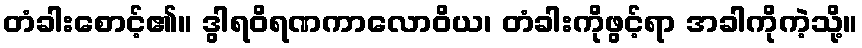
တံခါးစောင့်၏။ ဒွါရဝိရဏကာလောဝိယ၊ တံခါးကိုဖွင့်ရာ အခါကိုကဲ့သို့။